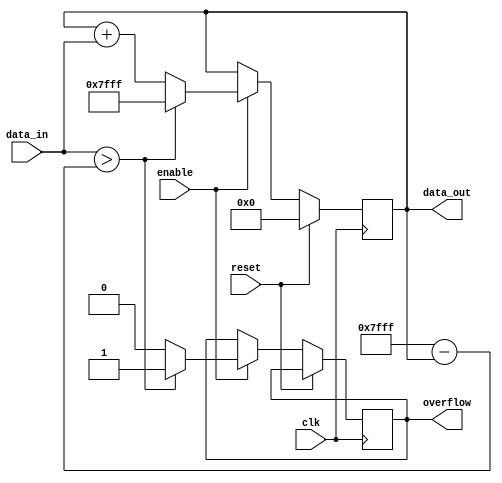
module accumulator (
  input wire clk,
  input wire reset,
  input wire enable,
  input wire [15:0] data_in,
  output wire [15:0] data_out,
  output wire overflow
);

reg [15:0] accumulator;

always @(posedge clk) begin
  if (reset) begin
    accumulator <= 16'h0000;
  end else if (enable) begin
    if (data_in > 16'h7FFF - accumulator) begin
      accumulator <= 16'h7FFF;
      overflow <= 1;
    end else begin
      accumulator <= accumulator + data_in;
      overflow <= 0;
    end
  end
end

assign data_out = accumulator;

endmodule